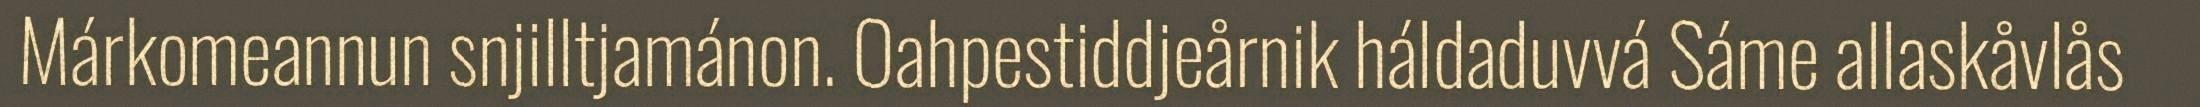
Márkomeannun snjilltjamánon. Oahpestiddjeårnik háldaduvvá Sáme allaskåvlås